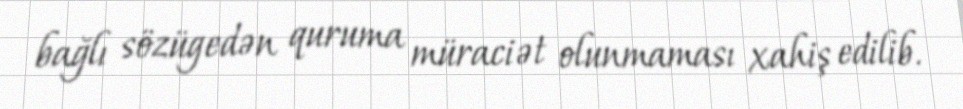
bağlı sözügedən quruma müraciət olunmaması xahiş edilib.